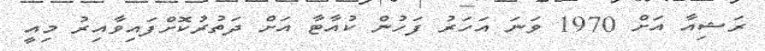
ރަޝިއާ އަށް 1970 ވަނަ އަހަރު ފަހުން ކުއާޓާ އަށް ދަތުރުކޮށްފައިވާއިރު މިއީ